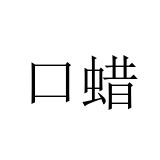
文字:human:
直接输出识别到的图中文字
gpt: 口蜡